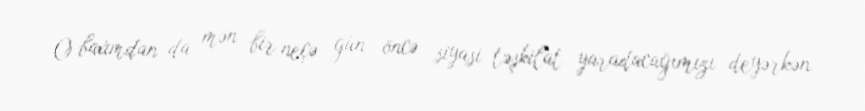
O baxımdan da mən bir neçə gün öncə siyasi təşkilat yaradacağımızı deyərkən